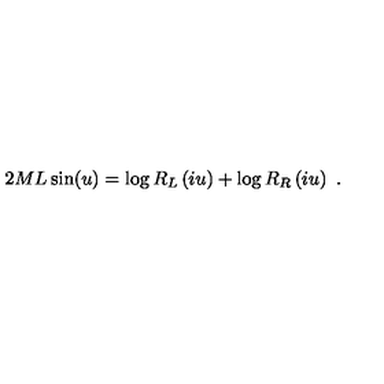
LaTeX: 2 M L \sin ( u ) = \log R _ { L } \left( i u \right) + \log R _ { R } \left( i u \right) \ .